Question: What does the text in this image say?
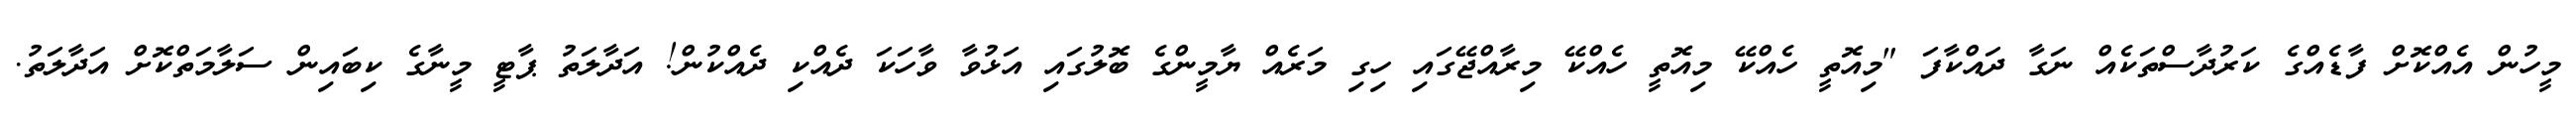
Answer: މީހުން އެއްކޮށް ފާޑެއްގެ ކަރުދާސްތަކެއް ނަގާ ދައްކާފަ "މިއޮތީ ހެއްކޭ މިއޮތީ ހެއްކޭ މިރާއްޖޭގައި ހިގި މަރެއް ޔާމީންގެ ބޮލުގައި އަޅުވާ ވާހަކަ ދެއްކި ދެއްކުން! އަދާލަތު ޕާޓީ މީނާގެ ކިބައިން ސަލާމަތްކޮށް އަދާލަތު.